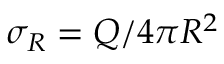
\sigma _ { R } = Q / 4 \pi R ^ { 2 }